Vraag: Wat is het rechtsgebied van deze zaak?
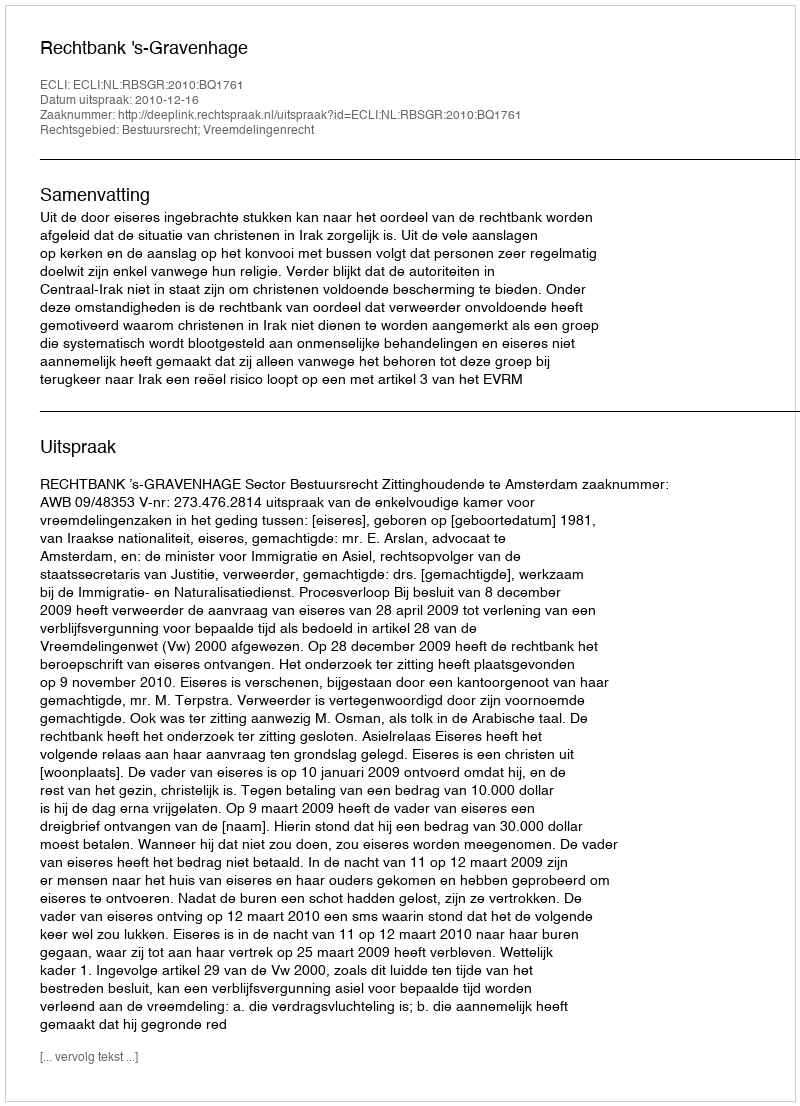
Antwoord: Bestuursrecht; Vreemdelingenrecht